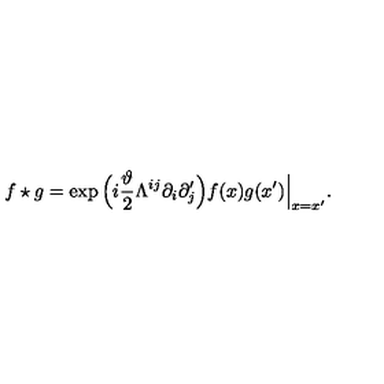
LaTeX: f \star g = \exp \Big ( i \frac { \vartheta } { 2 } \Lambda ^ { i j } \partial _ { i } \partial _ { j } ^ { \prime } \Big ) f ( x ) g ( x ^ { \prime } ) \Big \vert _ { x = x ^ { \prime } } .